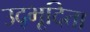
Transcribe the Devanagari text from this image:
उद्भूदिता